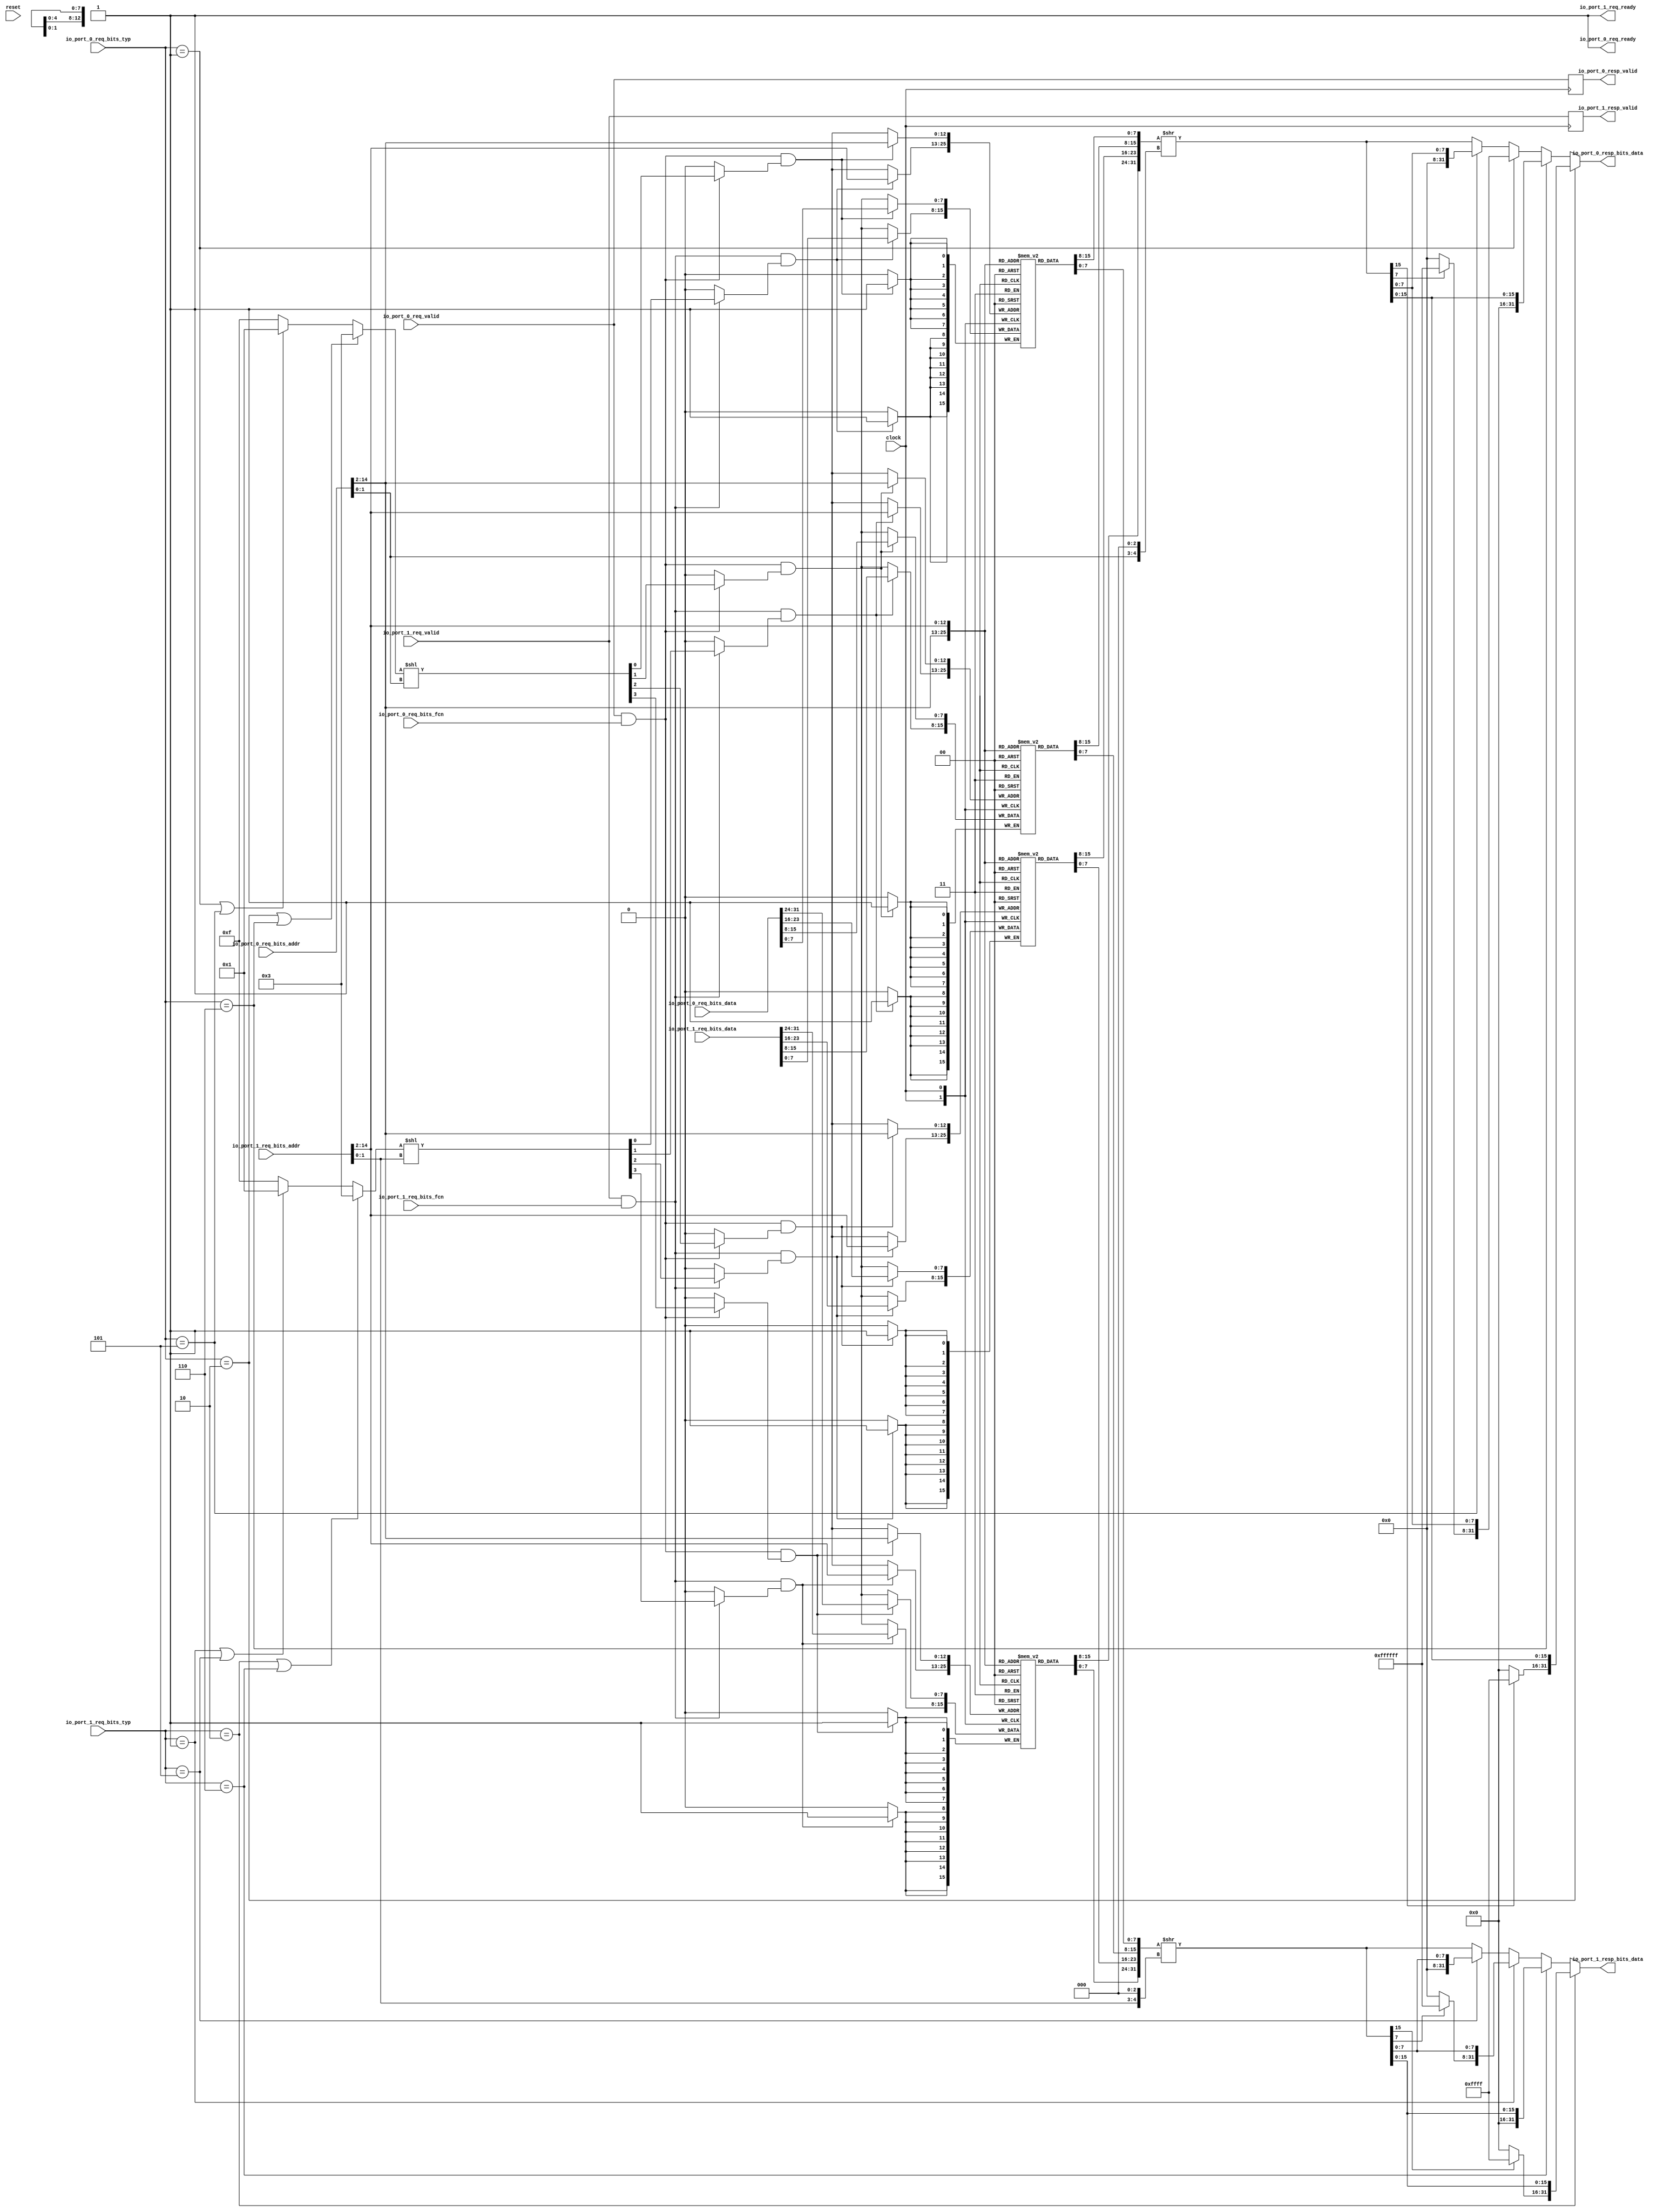
`ifdef RANDOMIZE_GARBAGE_ASSIGN
`define RANDOMIZE
`endif
`ifdef RANDOMIZE_INVALID_ASSIGN
`define RANDOMIZE
`endif
`ifdef RANDOMIZE_REG_INIT
`define RANDOMIZE
`endif
`ifdef RANDOMIZE_MEM_INIT
`define RANDOMIZE
`endif

module OnChipMemory(
  input   			clock,
  input   			reset,
  
  output  			io_port_0_req_ready,
  input   			io_port_0_req_valid,
  input  [31:0] 	io_port_0_req_bits_addr,
  input  [31:0] 	io_port_0_req_bits_data,
  input   			io_port_0_req_bits_fcn,
  input  [2:0] 	io_port_0_req_bits_typ,
  output  			io_port_0_resp_valid,
  output [31:0] 	io_port_0_resp_bits_data,
  
  output  			io_port_1_req_ready,
  input   			io_port_1_req_valid,
  input  [31:0] 	io_port_1_req_bits_addr,
  input  [31:0] 	io_port_1_req_bits_data,
  input   			io_port_1_req_bits_fcn,
  input  [2:0] 	io_port_1_req_bits_typ,
  output  			io_port_1_resp_valid,
  output [31:0] 	io_port_1_resp_bits_data
);
  reg [7:0] chipMem_0 [0:8191];
  reg [31:0] _GEN_0;
  wire [7:0] chipMem_0__T_208_data;
  wire [12:0] chipMem_0__T_208_addr;
  wire [7:0] chipMem_0__T_381_data;
  wire [12:0] chipMem_0__T_381_addr;
  wire [7:0] chipMem_0__T_357_data;
  wire [12:0] chipMem_0__T_357_addr;
  wire  chipMem_0__T_357_mask;
  wire  chipMem_0__T_357_en;
  wire [7:0] chipMem_0__T_519_data;
  wire [12:0] chipMem_0__T_519_addr;
  wire  chipMem_0__T_519_mask;
  wire  chipMem_0__T_519_en;
  reg [7:0] chipMem_1 [0:8191];
  reg [31:0] _GEN_1;
  wire [7:0] chipMem_1__T_208_data;
  wire [12:0] chipMem_1__T_208_addr;
  wire [7:0] chipMem_1__T_381_data;
  wire [12:0] chipMem_1__T_381_addr;
  wire [7:0] chipMem_1__T_357_data;
  wire [12:0] chipMem_1__T_357_addr;
  wire  chipMem_1__T_357_mask;
  wire  chipMem_1__T_357_en;
  wire [7:0] chipMem_1__T_519_data;
  wire [12:0] chipMem_1__T_519_addr;
  wire  chipMem_1__T_519_mask;
  wire  chipMem_1__T_519_en;
  reg [7:0] chipMem_2 [0:8191];
  reg [31:0] _GEN_2;
  wire [7:0] chipMem_2__T_208_data;
  wire [12:0] chipMem_2__T_208_addr;
  wire [7:0] chipMem_2__T_381_data;
  wire [12:0] chipMem_2__T_381_addr;
  wire [7:0] chipMem_2__T_357_data;
  wire [12:0] chipMem_2__T_357_addr;
  wire  chipMem_2__T_357_mask;
  wire  chipMem_2__T_357_en;
  wire [7:0] chipMem_2__T_519_data;
  wire [12:0] chipMem_2__T_519_addr;
  wire  chipMem_2__T_519_mask;
  wire  chipMem_2__T_519_en;
  reg [7:0] chipMem_3 [0:8191];
  reg [31:0] _GEN_3;
  wire [7:0] chipMem_3__T_208_data;
  wire [12:0] chipMem_3__T_208_addr;
  wire [7:0] chipMem_3__T_381_data;
  wire [12:0] chipMem_3__T_381_addr;
  wire [7:0] chipMem_3__T_357_data;
  wire [12:0] chipMem_3__T_357_addr;
  wire  chipMem_3__T_357_mask;
  wire  chipMem_3__T_357_en;
  wire [7:0] chipMem_3__T_519_data;
  wire [12:0] chipMem_3__T_519_addr;
  wire  chipMem_3__T_519_mask;
  wire  chipMem_3__T_519_en;
  reg  _T_191;
  reg [31:0] _GEN_4;
  wire [1:0] _T_193;
  wire [4:0] _T_195;
  reg [31:0] _T_197;
  reg [31:0] _GEN_5;
  wire [31:0] _T_199;
  wire [7:0] _T_203_0;
  wire [7:0] _T_203_1;
  wire [7:0] _T_203_2;
  wire [7:0] _T_203_3;
  wire [31:0] _T_206;
  wire [12:0] _T_207;
  wire [15:0] _T_210;
  wire [15:0] _T_211;
  wire [31:0] _T_212;
  wire [31:0] _T_213;
  wire  _T_225;
  wire  _T_226;
  wire [15:0] _T_230;
  wire [15:0] _T_231;
  wire [31:0] _T_232;
  wire  _T_233;
  wire [31:0] _T_240;
  wire  _T_241;
  wire  _T_242;
  wire [23:0] _T_246;
  wire [7:0] _T_247;
  wire [31:0] _T_248;
  wire  _T_249;
  wire [31:0] _T_256;
  wire [31:0] _T_258;
  wire [31:0] _T_259;
  wire [31:0] _T_260;
  wire [31:0] _T_261;
  wire  _T_263;
  wire [7:0] _T_267_0;
  wire [7:0] _T_267_1;
  wire [7:0] _T_267_2;
  wire [7:0] _T_267_3;
  wire [7:0] _T_270;
  wire [7:0] _T_281_0;
  wire [7:0] _T_281_1;
  wire [7:0] _T_281_2;
  wire [7:0] _T_281_3;
  wire [7:0] _T_290;
  wire [7:0] _T_300_0;
  wire [7:0] _T_300_1;
  wire [7:0] _T_300_2;
  wire [7:0] _T_300_3;
  wire [7:0] _T_309;
  wire [7:0] _T_310;
  wire [7:0] _T_318_0;
  wire [7:0] _T_318_1;
  wire [7:0] _T_318_2;
  wire [7:0] _T_318_3;
  wire  _T_341;
  wire  _T_345;
  wire [3:0] _T_348;
  wire [3:0] _T_349;
  wire [6:0] _GEN_88;
  wire [6:0] _T_350;
  wire [3:0] _T_351;
  wire  _T_352;
  wire  _T_353;
  wire  _T_354;
  wire  _T_355;
  wire  _GEN_12;
  wire  _GEN_14;
  wire  _GEN_16;
  wire  _GEN_18;
  wire  _T_359;
  wire  _T_360;
  wire  _T_362;
  wire  _T_363;
  wire [31:0] _GEN_19;
  reg  _T_364;
  reg [31:0] _GEN_6;
  wire [1:0] _T_366;
  wire [4:0] _T_368;
  reg [31:0] _T_370;
  reg [31:0] _GEN_7;
  wire [31:0] _T_372;
  wire [7:0] _T_376_0;
  wire [7:0] _T_376_1;
  wire [7:0] _T_376_2;
  wire [7:0] _T_376_3;
  wire [31:0] _T_379;
  wire [12:0] _T_380;
  wire [15:0] _T_383;
  wire [15:0] _T_384;
  wire [31:0] _T_385;
  wire [31:0] _T_386;
  wire  _T_387;
  wire  _T_388;
  wire [15:0] _T_392;
  wire [15:0] _T_393;
  wire [31:0] _T_394;
  wire  _T_395;
  wire [31:0] _T_402;
  wire  _T_403;
  wire  _T_404;
  wire [23:0] _T_408;
  wire [7:0] _T_409;
  wire [31:0] _T_410;
  wire  _T_411;
  wire [31:0] _T_418;
  wire [31:0] _T_420;
  wire [31:0] _T_421;
  wire [31:0] _T_422;
  wire [31:0] _T_423;
  wire  _T_425;
  wire [7:0] _T_429_0;
  wire [7:0] _T_429_1;
  wire [7:0] _T_429_2;
  wire [7:0] _T_429_3;
  wire [7:0] _T_432;
  wire [7:0] _T_443_0;
  wire [7:0] _T_443_1;
  wire [7:0] _T_443_2;
  wire [7:0] _T_443_3;
  wire [7:0] _T_452;
  wire [7:0] _T_462_0;
  wire [7:0] _T_462_1;
  wire [7:0] _T_462_2;
  wire [7:0] _T_462_3;
  wire [7:0] _T_471;
  wire [7:0] _T_472;
  wire [7:0] _T_480_0;
  wire [7:0] _T_480_1;
  wire [7:0] _T_480_2;
  wire [7:0] _T_480_3;
  wire  _T_503;
  wire  _T_507;
  wire [3:0] _T_510;
  wire [3:0] _T_511;
  wire [6:0] _GEN_89;
  wire [6:0] _T_512;
  wire [3:0] _T_513;
  wire  _T_514;
  wire  _T_515;
  wire  _T_516;
  wire  _T_517;
  wire  _GEN_32;
  wire  _GEN_34;
  wire  _GEN_36;
  wire  _GEN_38;
  wire  _T_521;
  wire  _T_522;
  wire  _T_524;
  wire  _T_525;
  wire [31:0] _GEN_39;
  assign io_port_0_req_ready = 1'h1;
  assign io_port_0_resp_valid = _T_191;
  assign io_port_0_resp_bits_data = _T_206;
  assign io_port_1_req_ready = 1'h1;
  assign io_port_1_resp_valid = _T_364;
  assign io_port_1_resp_bits_data = _T_379;
  assign chipMem_0__T_208_addr = _T_207;
  assign chipMem_0__T_208_data = chipMem_0[chipMem_0__T_208_addr];
  assign chipMem_0__T_381_addr = _T_380;
  assign chipMem_0__T_381_data = chipMem_0[chipMem_0__T_381_addr];
  assign chipMem_0__T_357_data = _T_267_0;
  assign chipMem_0__T_357_addr = _T_207;
  assign chipMem_0__T_357_mask = _GEN_12;
  assign chipMem_0__T_357_en = _T_263;
  assign chipMem_0__T_519_data = _T_429_0;
  assign chipMem_0__T_519_addr = _T_380;
  assign chipMem_0__T_519_mask = _GEN_32;
  assign chipMem_0__T_519_en = _T_425;
  assign chipMem_1__T_208_addr = _T_207;
  assign chipMem_1__T_208_data = chipMem_1[chipMem_1__T_208_addr];
  assign chipMem_1__T_381_addr = _T_380;
  assign chipMem_1__T_381_data = chipMem_1[chipMem_1__T_381_addr];
  assign chipMem_1__T_357_data = _T_267_1;
  assign chipMem_1__T_357_addr = _T_207;
  assign chipMem_1__T_357_mask = _GEN_14;
  assign chipMem_1__T_357_en = _T_263;
  assign chipMem_1__T_519_data = _T_429_1;
  assign chipMem_1__T_519_addr = _T_380;
  assign chipMem_1__T_519_mask = _GEN_34;
  assign chipMem_1__T_519_en = _T_425;
  assign chipMem_2__T_208_addr = _T_207;
  assign chipMem_2__T_208_data = chipMem_2[chipMem_2__T_208_addr];
  assign chipMem_2__T_381_addr = _T_380;
  assign chipMem_2__T_381_data = chipMem_2[chipMem_2__T_381_addr];
  assign chipMem_2__T_357_data = _T_267_2;
  assign chipMem_2__T_357_addr = _T_207;
  assign chipMem_2__T_357_mask = _GEN_16;
  assign chipMem_2__T_357_en = _T_263;
  assign chipMem_2__T_519_data = _T_429_2;
  assign chipMem_2__T_519_addr = _T_380;
  assign chipMem_2__T_519_mask = _GEN_36;
  assign chipMem_2__T_519_en = _T_425;
  assign chipMem_3__T_208_addr = _T_207;
  assign chipMem_3__T_208_data = chipMem_3[chipMem_3__T_208_addr];
  assign chipMem_3__T_381_addr = _T_380;
  assign chipMem_3__T_381_data = chipMem_3[chipMem_3__T_381_addr];
  assign chipMem_3__T_357_data = _T_267_3;
  assign chipMem_3__T_357_addr = _T_207;
  assign chipMem_3__T_357_mask = _GEN_18;
  assign chipMem_3__T_357_en = _T_263;
  assign chipMem_3__T_519_data = _T_429_3;
  assign chipMem_3__T_519_addr = _T_380;
  assign chipMem_3__T_519_mask = _GEN_38;
  assign chipMem_3__T_519_en = _T_425;
  assign _T_193 = io_port_0_req_bits_addr[1:0];
  assign _T_195 = {_T_193,3'h0};
  assign _T_199 = io_port_0_req_bits_addr >> 2'h2;
  assign _T_203_0 = chipMem_0__T_208_data;
  assign _T_203_1 = chipMem_1__T_208_data;
  assign _T_203_2 = chipMem_2__T_208_data;
  assign _T_203_3 = chipMem_3__T_208_data;
  assign _T_206 = _T_261;
  assign _T_207 = _T_199[12:0];
  assign _T_210 = {_T_203_1,_T_203_0};
  assign _T_211 = {_T_203_3,_T_203_2};
  assign _T_212 = {_T_211,_T_210};
  assign _T_213 = _T_212 >> _T_195;
  assign _T_225 = io_port_0_req_bits_typ == 3'h2;
  assign _T_226 = _T_213[15];
  assign _T_230 = _T_226 ? 16'hffff : 16'h0;
  assign _T_231 = _T_213[15:0];
  assign _T_232 = {_T_230,_T_231};
  assign _T_233 = io_port_0_req_bits_typ == 3'h6;
  assign _T_240 = {16'h0,_T_231};
  assign _T_241 = io_port_0_req_bits_typ == 3'h1;
  assign _T_242 = _T_213[7];
  assign _T_246 = _T_242 ? 24'hffffff : 24'h0;
  assign _T_247 = _T_213[7:0];
  assign _T_248 = {_T_246,_T_247};
  assign _T_249 = io_port_0_req_bits_typ == 3'h5;
  assign _T_256 = {24'h0,_T_247};
  assign _T_258 = _T_249 ? _T_256 : _T_213;
  assign _T_259 = _T_241 ? _T_248 : _T_258;
  assign _T_260 = _T_233 ? _T_240 : _T_259;
  assign _T_261 = _T_225 ? _T_232 : _T_260;
  assign _T_263 = io_port_0_req_valid & io_port_0_req_bits_fcn;
  assign _T_267_0 = _T_318_0;
  assign _T_267_1 = _T_318_1;
  assign _T_267_2 = _T_318_2;
  assign _T_267_3 = _T_318_3;
  assign _T_270 = io_port_0_req_bits_data[7:0];
  assign _T_281_0 = _T_270;
  assign _T_281_1 = _T_270;
  assign _T_281_2 = _T_270;
  assign _T_281_3 = _T_270;
  assign _T_290 = io_port_0_req_bits_data[15:8];
  assign _T_300_0 = _T_270;
  assign _T_300_1 = _T_290;
  assign _T_300_2 = _T_270;
  assign _T_300_3 = _T_290;
  assign _T_309 = io_port_0_req_bits_data[23:16];
  assign _T_310 = io_port_0_req_bits_data[31:24];
  assign _T_318_0 = _T_270;
  assign _T_318_1 = _T_290;
  assign _T_318_2 = _T_309;
  assign _T_318_3 = _T_310;
  assign _T_341 = _T_225 | _T_233;
  assign _T_345 = _T_241 | _T_249;
  assign _T_348 = _T_345 ? 4'h1 : 4'hf;
  assign _T_349 = _T_341 ? 4'h3 : _T_348;
  assign _GEN_88 = {{3'd0}, _T_349};
  assign _T_350 = _GEN_88 << _T_193;
  assign _T_351 = _T_350[3:0];
  assign _T_352 = _T_351[0];
  assign _T_353 = _T_351[1];
  assign _T_354 = _T_351[2];
  assign _T_355 = _T_351[3];
  assign _GEN_12 = _T_263 ? _T_352 : 1'h0;
  assign _GEN_14 = _T_263 ? _T_353 : 1'h0;
  assign _GEN_16 = _T_263 ? _T_354 : 1'h0;
  assign _GEN_18 = _T_263 ? _T_355 : 1'h0;
  assign _T_359 = io_port_0_req_bits_fcn == 1'h0;
  assign _T_360 = io_port_0_req_valid & _T_359;
  assign _T_362 = _T_263 == 1'h0;
  assign _T_363 = _T_362 & _T_360;
  assign _GEN_19 = _T_363 ? _T_199 : _T_197;
  assign _T_366 = io_port_1_req_bits_addr[1:0];
  assign _T_368 = {_T_366,3'h0};
  assign _T_372 = io_port_1_req_bits_addr >> 2'h2;
  assign _T_376_0 = chipMem_0__T_381_data;
  assign _T_376_1 = chipMem_1__T_381_data;
  assign _T_376_2 = chipMem_2__T_381_data;
  assign _T_376_3 = chipMem_3__T_381_data;
  assign _T_379 = _T_423;
  assign _T_380 = _T_372[12:0];
  assign _T_383 = {_T_376_1,_T_376_0};
  assign _T_384 = {_T_376_3,_T_376_2};
  assign _T_385 = {_T_384,_T_383};
  assign _T_386 = _T_385 >> _T_368;
  assign _T_387 = io_port_1_req_bits_typ == 3'h2;
  assign _T_388 = _T_386[15];
  assign _T_392 = _T_388 ? 16'hffff : 16'h0;
  assign _T_393 = _T_386[15:0];
  assign _T_394 = {_T_392,_T_393};
  assign _T_395 = io_port_1_req_bits_typ == 3'h6;
  assign _T_402 = {16'h0,_T_393};
  assign _T_403 = io_port_1_req_bits_typ == 3'h1;
  assign _T_404 = _T_386[7];
  assign _T_408 = _T_404 ? 24'hffffff : 24'h0;
  assign _T_409 = _T_386[7:0];
  assign _T_410 = {_T_408,_T_409};
  assign _T_411 = io_port_1_req_bits_typ == 3'h5;
  assign _T_418 = {24'h0,_T_409};
  assign _T_420 = _T_411 ? _T_418 : _T_386;
  assign _T_421 = _T_403 ? _T_410 : _T_420;
  assign _T_422 = _T_395 ? _T_402 : _T_421;
  assign _T_423 = _T_387 ? _T_394 : _T_422;
  assign _T_425 = io_port_1_req_valid & io_port_1_req_bits_fcn;
  assign _T_429_0 = _T_480_0;
  assign _T_429_1 = _T_480_1;
  assign _T_429_2 = _T_480_2;
  assign _T_429_3 = _T_480_3;
  assign _T_432 = io_port_1_req_bits_data[7:0];
  assign _T_443_0 = _T_432;
  assign _T_443_1 = _T_432;
  assign _T_443_2 = _T_432;
  assign _T_443_3 = _T_432;
  assign _T_452 = io_port_1_req_bits_data[15:8];
  assign _T_462_0 = _T_432;
  assign _T_462_1 = _T_452;
  assign _T_462_2 = _T_432;
  assign _T_462_3 = _T_452;
  assign _T_471 = io_port_1_req_bits_data[23:16];
  assign _T_472 = io_port_1_req_bits_data[31:24];
  assign _T_480_0 = _T_432;
  assign _T_480_1 = _T_452;
  assign _T_480_2 = _T_471;
  assign _T_480_3 = _T_472;
  assign _T_503 = _T_387 | _T_395;
  assign _T_507 = _T_403 | _T_411;
  assign _T_510 = _T_507 ? 4'h1 : 4'hf;
  assign _T_511 = _T_503 ? 4'h3 : _T_510;
  assign _GEN_89 = {{3'd0}, _T_511};
  assign _T_512 = _GEN_89 << _T_366;
  assign _T_513 = _T_512[3:0];
  assign _T_514 = _T_513[0];
  assign _T_515 = _T_513[1];
  assign _T_516 = _T_513[2];
  assign _T_517 = _T_513[3];
  assign _GEN_32 = _T_425 ? _T_514 : 1'h0;
  assign _GEN_34 = _T_425 ? _T_515 : 1'h0;
  assign _GEN_36 = _T_425 ? _T_516 : 1'h0;
  assign _GEN_38 = _T_425 ? _T_517 : 1'h0;
  assign _T_521 = io_port_1_req_bits_fcn == 1'h0;
  assign _T_522 = io_port_1_req_valid & _T_521;
  assign _T_524 = _T_425 == 1'h0;
  assign _T_525 = _T_524 & _T_522;
  assign _GEN_39 = _T_525 ? _T_372 : _T_370;
`ifdef RANDOMIZE
  integer initvar;
  initial begin
    `ifndef verilator
      #0.002 begin end
    `endif
  _GEN_0 = {1{$random}};
  `ifdef RANDOMIZE_MEM_INIT
  for (initvar = 0; initvar < 8192; initvar = initvar+1)
    chipMem_0[initvar] = _GEN_0[7:0];
  `endif
  _GEN_1 = {1{$random}};
  `ifdef RANDOMIZE_MEM_INIT
  for (initvar = 0; initvar < 8192; initvar = initvar+1)
    chipMem_1[initvar] = _GEN_1[7:0];
  `endif
  _GEN_2 = {1{$random}};
  `ifdef RANDOMIZE_MEM_INIT
  for (initvar = 0; initvar < 8192; initvar = initvar+1)
    chipMem_2[initvar] = _GEN_2[7:0];
  `endif
  _GEN_3 = {1{$random}};
  `ifdef RANDOMIZE_MEM_INIT
  for (initvar = 0; initvar < 8192; initvar = initvar+1)
    chipMem_3[initvar] = _GEN_3[7:0];
  `endif
  `ifdef RANDOMIZE_REG_INIT
  _GEN_4 = {1{$random}};
  _T_191 = _GEN_4[0:0];
  `endif
  `ifdef RANDOMIZE_REG_INIT
  _GEN_5 = {1{$random}};
  _T_197 = _GEN_5[31:0];
  `endif
  `ifdef RANDOMIZE_REG_INIT
  _GEN_6 = {1{$random}};
  _T_364 = _GEN_6[0:0];
  `endif
  `ifdef RANDOMIZE_REG_INIT
  _GEN_7 = {1{$random}};
  _T_370 = _GEN_7[31:0];
  `endif
  end
`endif
  always @(posedge clock) begin
    if(chipMem_0__T_357_en & chipMem_0__T_357_mask) begin
      chipMem_0[chipMem_0__T_357_addr] <= chipMem_0__T_357_data;
    end
    if(chipMem_0__T_519_en & chipMem_0__T_519_mask) begin
      chipMem_0[chipMem_0__T_519_addr] <= chipMem_0__T_519_data;
    end
    if(chipMem_1__T_357_en & chipMem_1__T_357_mask) begin
      chipMem_1[chipMem_1__T_357_addr] <= chipMem_1__T_357_data;
    end
    if(chipMem_1__T_519_en & chipMem_1__T_519_mask) begin
      chipMem_1[chipMem_1__T_519_addr] <= chipMem_1__T_519_data;
    end
    if(chipMem_2__T_357_en & chipMem_2__T_357_mask) begin
      chipMem_2[chipMem_2__T_357_addr] <= chipMem_2__T_357_data;
    end
    if(chipMem_2__T_519_en & chipMem_2__T_519_mask) begin
      chipMem_2[chipMem_2__T_519_addr] <= chipMem_2__T_519_data;
    end
    if(chipMem_3__T_357_en & chipMem_3__T_357_mask) begin
      chipMem_3[chipMem_3__T_357_addr] <= chipMem_3__T_357_data;
    end
    if(chipMem_3__T_519_en & chipMem_3__T_519_mask) begin
      chipMem_3[chipMem_3__T_519_addr] <= chipMem_3__T_519_data;
    end
    _T_191 <= io_port_0_req_valid;
    if (_T_363) begin
      _T_197 <= _T_199;
    end
    _T_364 <= io_port_1_req_valid;
    if (_T_525) begin
      _T_370 <= _T_372;
    end
  end
endmodule